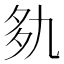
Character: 𰋐